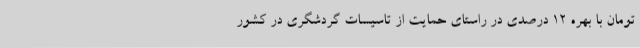
تومان با بهره 12 درصدی در راستای حمایت از تاسیسات گردشگری در کشور